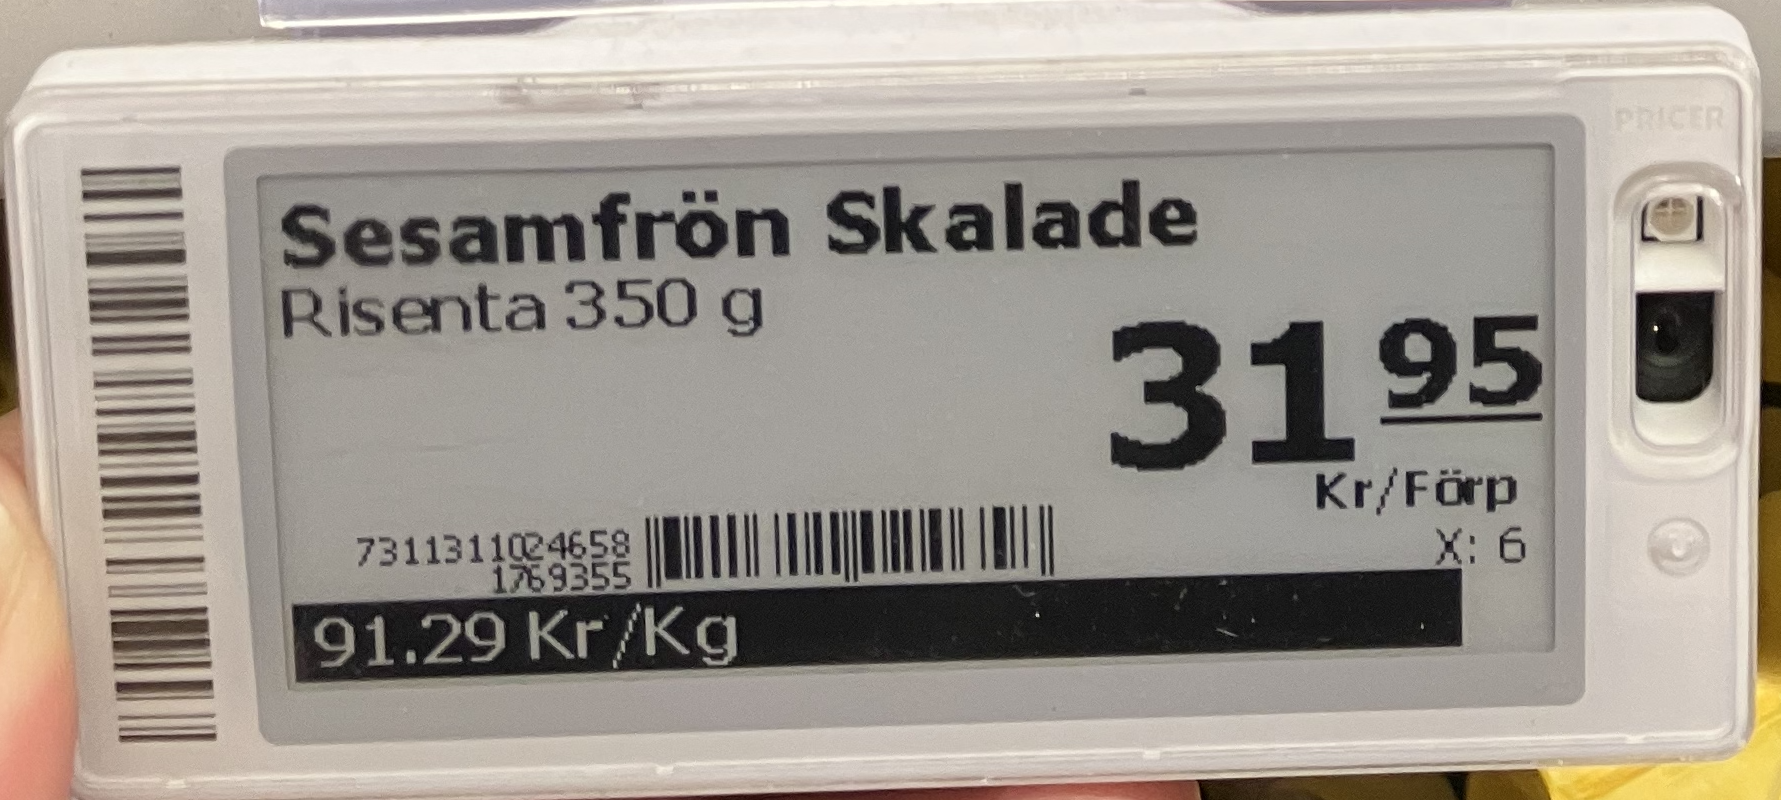
Vara: Sesamfrön Skalade
Genomsnittspris: 91.29 per kg